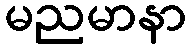
မညမာနာ